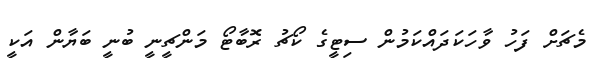
މެޗަށް ފަހު ވާހަކަދައްކަމުން ސިޓީގެ ކޯޗު ރޮބާޓޯ މަންޗީނީ ބުނީ ބަޔާން އަކީ